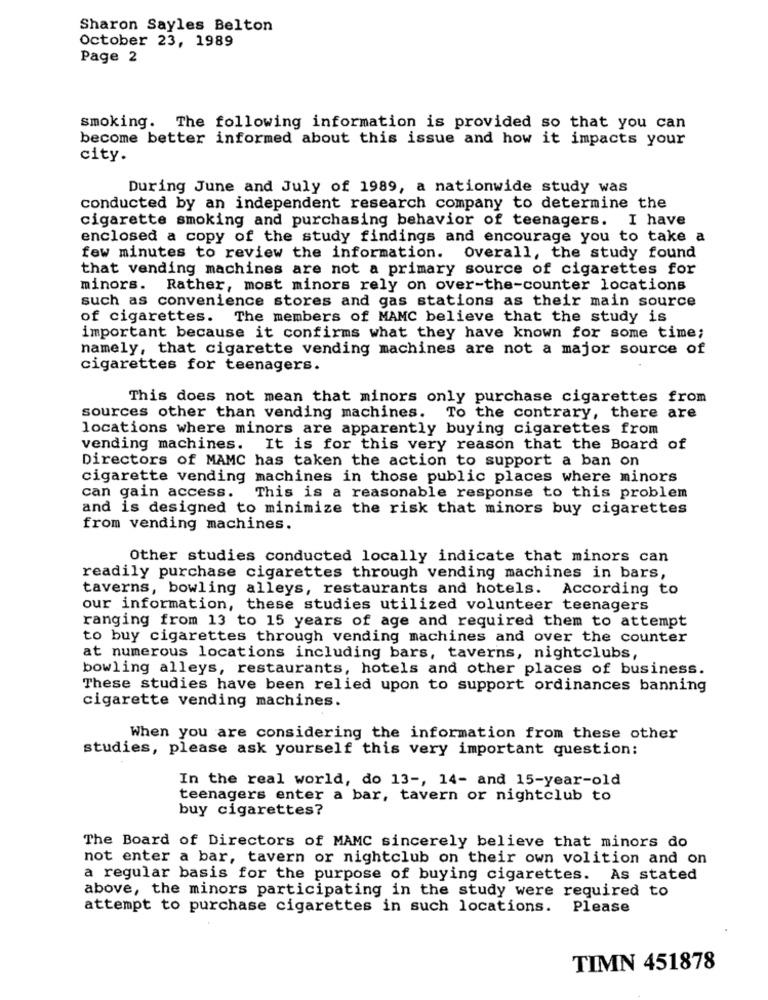
Sharon Sayles Belton
October 23, 1989
Page 2
smoking. The following information is provided so that you can
become better informed about this issue and how it impacts your
city.
During June and July of 1989, a nationwide study was
conducted by an independent research company to determine the
cigarette smoking and purchasing behavior of teenagers. I have
enclosed a copy of the study findings and encourage you to take a
few minutes to review the information. Overall, the study found
that vending machines are not a primary source of cigarettes for
minors. Rather, most minors rely on over-the-counter locations
such as convenience stores and gas stations as their main source
of cigarettes.
The members of MAMC believe that the study is
important because it confirms what they have known for some time;
namely, that cigarette vending machines are not a major source of
cigarettes for teenagers.
This does not mean that minors only purchase cigarettes from
sources other than vending machines. To the contrary, there are
locations where minors are apparently buying cigarettes from
vending machines. It is for this very reason that the Board of
Directors of MAMC has taken the action to support a ban on
cigarette vending machines in those public places where minors
can gain access.
This is a reasonable response to this problem
and is designed to minimize the risk that minors buy cigarettes
from vending machines.
Other studies conducted locally indicate that minors can
readily purchase cigarettes through vending machines in bars,
taverns, bowling alleys, restaurants and hotels. According to
our information, these studies utilized volunteer teenagers
ranging from 13 to 15 years of age and required them to attempt
to buy cigarettes through vending machines and over the counter
at numerous locations including bars, taverns, nightclubs,
bowling alleys, restaurants, hotels and other places of business.
These studies have been relied upon to support ordinances banning
cigarette vending machines.
When you are considering the information from these other
studies, please ask yourself this very important question:
In the real world, do 13 -, 14- and 15-year-old
teenagers enter a bar, tavern or nightclub to
buy cigarettes?
The Board of Directors of MAMC sincerely believe that minors do
not enter a bar, tavern or nightclub on their own volition and on
a regular basis for the purpose of buying cigarettes. As stated
above, the minors participating in the study were required to
attempt to purchase cigarettes in such locations. Please
TIMN 451878